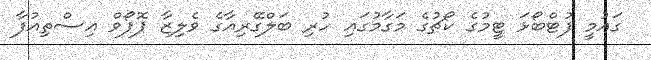
ގައުމީ ފުޓްބޯޅަ ޓީމުގެ ކޯޗުގެ މަގާމުގައި ހުރި ބަލްގޭރިއާގެ ވެލިޒާ ޕޮޕޯވް އިސްތިއުފާ